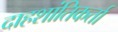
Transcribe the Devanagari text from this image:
दाहशांतिकर्ता